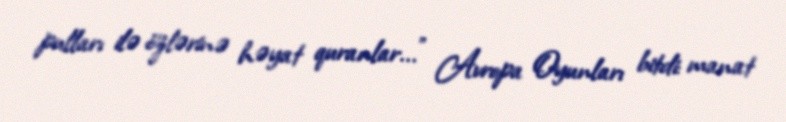
pulları ilə özlərinə həyat quranlar..." Avropa Oyunları bitdi: manat